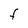
Character: F